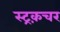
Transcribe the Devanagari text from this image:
स्ट्रक़चर